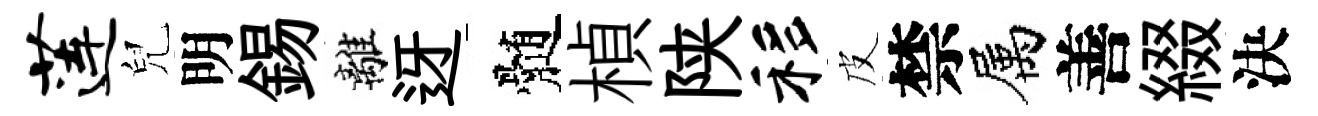
莲兒明錫離迓髄楨陕移皮禁属善綴決